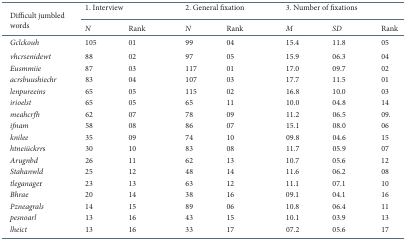
<table><thead><tr><td rowspan="2"><b>Difficult jumbled words</b></td><td colspan="2"><b>1. Interview</b></td><td colspan="2"><b>2. General fixation</b></td><td colspan="3"><b>3. Number of fixations</b></td></tr><tr><td><b><i>N</i></b></td><td><b>Rank</b></td><td><b><i>N</i></b></td><td><b>Rank</b></td><td><b><i>M</i></b></td><td><b><i>SD</i></b></td><td><b>Rank</b></td></tr></thead><tbody><tr><td><i>Gclckouh</i></td><td>105</td><td>01</td><td>99</td><td>04</td><td>15,4</td><td>11,8</td><td>05</td></tr><tr><td><i>vhcrsenidewt</i></td><td>88</td><td>02</td><td>97</td><td>05</td><td>15,9</td><td>06,3</td><td>04</td></tr><tr><td><i>Eusmmiie</i></td><td>87</td><td>03</td><td>117</td><td>01</td><td>17,0</td><td>09,7</td><td>02</td></tr><tr><td><i>acrsbuushiechr</i></td><td>83</td><td>04</td><td>107</td><td>03</td><td>17,7</td><td>11,5</td><td>01</td></tr><tr><td><i>lenpureeins</i></td><td>65</td><td>05</td><td>115</td><td>02</td><td>16,8</td><td>10,0</td><td>03</td></tr><tr><td><i>irioelst</i></td><td>65</td><td>05</td><td>65</td><td>11</td><td>10,0</td><td>04,8</td><td>14</td></tr><tr><td><i>meahcrfh</i></td><td>62</td><td>07</td><td>78</td><td>09</td><td>11,2</td><td>06,5</td><td>09.</td></tr><tr><td><i>ifnam</i></td><td>58</td><td>08</td><td>86</td><td>07</td><td>15,1</td><td>08,0</td><td>06</td></tr><tr><td><i>knilee</i></td><td>35</td><td>09</td><td>74</td><td>10</td><td>09,8</td><td>04,6</td><td>15</td></tr><tr><td><i>htneiückrrs</i></td><td>30</td><td>10</td><td>83</td><td>08</td><td>11,7</td><td>05,9</td><td>07</td></tr><tr><td><i>Arugnbd</i></td><td>26</td><td>11</td><td>62</td><td>13</td><td>10,7</td><td>05,6</td><td>12</td></tr><tr><td><i>Stahanwld</i></td><td>25</td><td>12</td><td>48</td><td>14</td><td>11,6</td><td>06,2</td><td>08</td></tr><tr><td><i>tleganager</i></td><td>23</td><td>13</td><td>63</td><td>12</td><td>11,1</td><td>07,1</td><td>10</td></tr><tr><td><i>Bhrae</i></td><td>20</td><td>14</td><td>38</td><td>16</td><td>09,1</td><td>04,1</td><td>16</td></tr><tr><td><i>Pzneagrals</i></td><td>14</td><td>15</td><td>89</td><td>06</td><td>10,8</td><td>06,4</td><td>11</td></tr><tr><td><i>pesnoarl</i></td><td>13</td><td>16</td><td>43</td><td>15</td><td>10,1</td><td>03,9</td><td>13</td></tr><tr><td><i>lheict</i></td><td>13</td><td>16</td><td>33</td><td>17</td><td>07,2</td><td>05,6</td><td>17</td></tr></tbody></table>